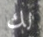
لك